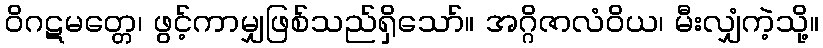
ဝိဂဋမတ္တေ၊ ဖွင့်ကာမျှဖြစ်သည်ရှိသော်။ အဂ္ဂိဇာလံဝိယ၊ မီးလျှံကဲ့သို့။